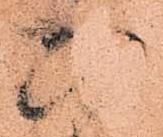
ひ